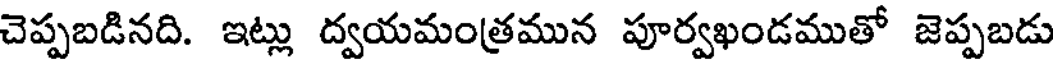
చెప్పబడినది. ఇట్లు ద్వయమంత్రమున పూర్వఖండముతో జెప్పబడు